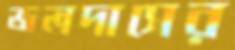
জলদাসের